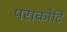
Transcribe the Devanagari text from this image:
पराकोटि